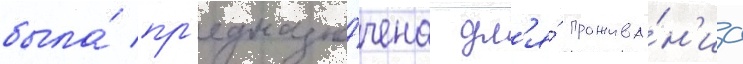
была́ пр'едназна́чена дл'я́ прожива́н'иа